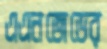
এএনজেডের